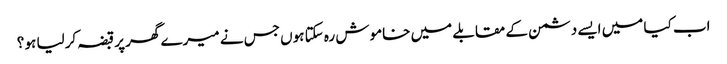
اب کیا میں ایسے دشمن کے مقابلے میں خاموش رہ سکتا ہوں جس نے میرے گھر پر قبضہ کرلیا ہو ؟